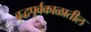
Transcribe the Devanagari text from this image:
बुद्धपूर्वकाळातील